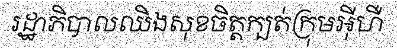
រដ្ឋាភិបាលឈិងសុខចិត្តក្បត់ក្រុមអ៊ីហឺ